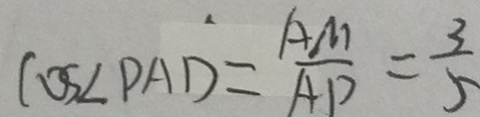
\cos \angle P A D = \frac { A M } { A P } = \frac { 3 } { 5 }